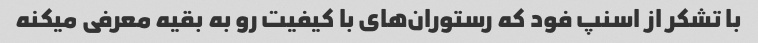
با تشکر از اسنپ فود که رستوران‌های با کیفیت رو به بقیه معرفی میکنه